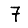
Digit: 7